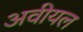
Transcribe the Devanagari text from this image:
अवीयल